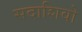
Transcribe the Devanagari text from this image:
सदाशिवो